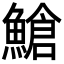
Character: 䱽